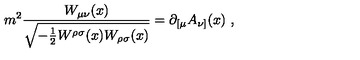
m ^ { 2 } { \frac { W _ { \mu \nu } ( x ) } { \sqrt { - { \frac { 1 } { 2 } } W ^ { \rho \sigma } ( x ) W _ { \rho \sigma } ( x ) } } } = \partial _ { [ \mu } A _ { \nu ] } ( x ) \ ,